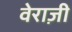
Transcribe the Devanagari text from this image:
वेराज़ी